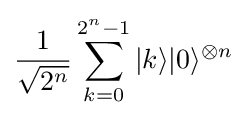
{\frac {1}{\sqrt {2^{n}}}}\sum _{k=0}^{2^{n}-1}|k\rangle |0\rangle ^{\otimes n}